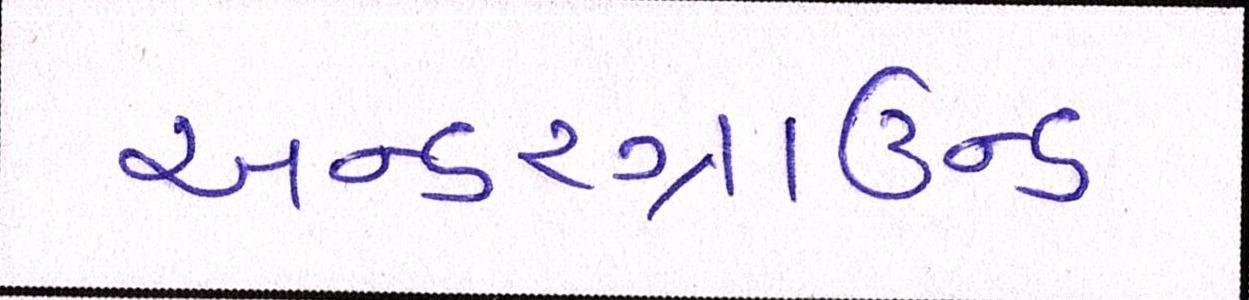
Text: અન્ડરગ્રાઉન્ડ